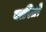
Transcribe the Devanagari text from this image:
बारितो